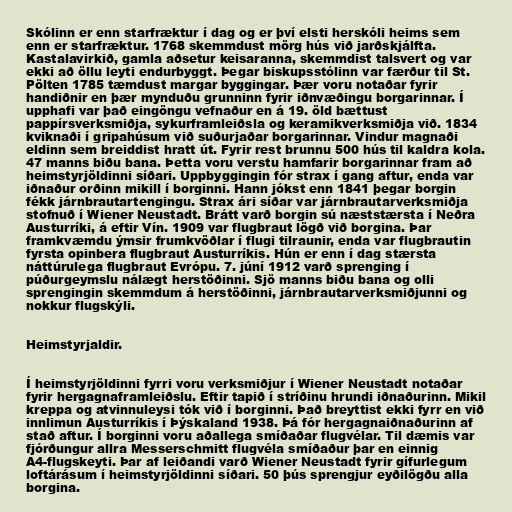
Skólinn er enn starfræktur í dag og er því elsti herskóli heims sem
enn er starfræktur. 1768 skemmdust mörg hús við jarðskjálfta.
Kastalavirkið, gamla aðsetur keisaranna, skemmdist talsvert og var
ekki að öllu leyti endurbyggt. Þegar biskupsstólinn var færður til St.
Pölten 1785 tæmdust margar byggingar. Þær voru notaðar fyrir
handiðnir en þær mynduðu grunninn fyrir iðnvæðingu borgarinnar. Í
upphafi var það eingöngu vefnaður en á 19. öld bættust
pappírsverksmiðja, sykurframleiðsla og keramikverksmiðja við. 1834
kviknaði í gripahúsum við suðurjaðar borgarinnar. Vindur magnaði
eldinn sem breiddist hratt út. Fyrir rest brunnu 500 hús til kaldra kola.
47 manns biðu bana. Þetta voru verstu hamfarir borgarinnar fram að
heimstyrjöldinni síðari. Uppbyggingin fór strax í gang aftur, enda var
iðnaður orðinn mikill í borginni. Hann jókst enn 1841 þegar borgin
fékk járnbrautartengingu. Strax ári síðar var járnbrautarverksmiðja
stofnuð í Wiener Neustadt. Brátt varð borgin sú næststærsta í Neðra
Austurríki, á eftir Vín. 1909 var flugbraut lögð við borgina. Þar
framkvæmdu ýmsir frumkvöðlar í flugi tilraunir, enda var flugbrautin
fyrsta opinbera flugbraut Austurríkis. Hún er enn í dag stærsta
náttúrulega flugbraut Evrópu. 7. júní 1912 varð sprenging í
púðurgeymslu nálægt herstöðinni. Sjö manns biðu bana og olli
sprengingin skemmdum á herstöðinni, járnbrautarverksmiðjunni og
nokkur flugskýli.

Heimstyrjaldir.

Í heimstyrjöldinni fyrri voru verksmiðjur í Wiener Neustadt notaðar
fyrir hergagnaframleiðslu. Eftir tapið í stríðinu hrundi iðnaðurinn. Mikil
kreppa og atvinnuleysi tók við í borginni. Það breyttist ekki fyrr en við
innlimun Austurríkis í Þýskaland 1938. Þá fór hergagnaiðnaðurinn af
stað aftur. Í borginni voru aðallega smíðaðar flugvélar. Til dæmis var
fjórðungur allra Messerschmitt flugvéla smíðaður þar en einnig
A4-flugskeyti. Þar af leiðandi varð Wiener Neustadt fyrir gífurlegum
loftárásum í heimstyrjöldinni síðari. 50 þús sprengjur eyðilögðu alla
borgina.